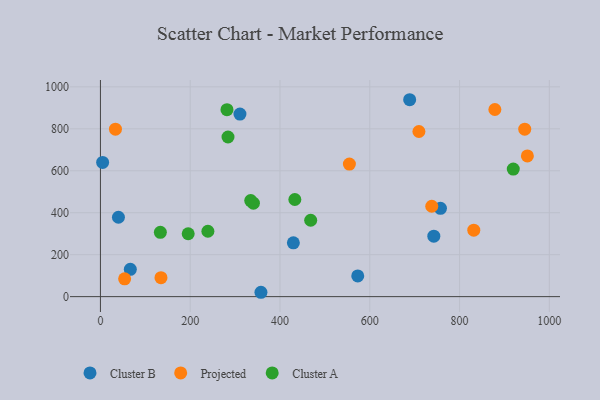
{"axis": {"x": "Distance", "y": "Rating"}, "legend": ["Cluster A", "Cluster B", "Projected"], "data": [{"x": "66.6", "y": 130.2, "type": "Cluster B"}, {"x": "573.2", "y": 98.9, "type": "Cluster B"}, {"x": "357.6", "y": 20.8, "type": "Cluster B"}, {"x": "310.8", "y": 870.1, "type": "Cluster B"}, {"x": "40.1", "y": 378.5, "type": "Cluster B"}, {"x": "757.5", "y": 420.8, "type": "Cluster B"}, {"x": "688.9", "y": 938.7, "type": "Cluster B"}, {"x": "742.7", "y": 288.2, "type": "Cluster B"}, {"x": "4.9", "y": 639.6, "type": "Cluster B"}, {"x": "429.8", "y": 256.4, "type": "Cluster B"}, {"x": "831.7", "y": 316.9, "type": "Projected"}, {"x": "738.1", "y": 430.8, "type": "Projected"}, {"x": "945.2", "y": 798.3, "type": "Projected"}, {"x": "53.9", "y": 85.0, "type": "Projected"}, {"x": "951.1", "y": 670.6, "type": "Projected"}, {"x": "33.5", "y": 798.2, "type": "Projected"}, {"x": "709.5", "y": 787.2, "type": "Projected"}, {"x": "554.6", "y": 632.0, "type": "Projected"}, {"x": "878.7", "y": 892.0, "type": "Projected"}, {"x": "134.9", "y": 90.4, "type": "Projected"}, {"x": "919.7", "y": 608.0, "type": "Cluster A"}, {"x": "281.9", "y": 891.5, "type": "Cluster A"}, {"x": "468.4", "y": 364.2, "type": "Cluster A"}, {"x": "433.1", "y": 463.0, "type": "Cluster A"}, {"x": "133.5", "y": 306.6, "type": "Cluster A"}, {"x": "239.4", "y": 311.6, "type": "Cluster A"}, {"x": "195.5", "y": 299.8, "type": "Cluster A"}, {"x": "340.8", "y": 445.6, "type": "Cluster A"}, {"x": "284.2", "y": 761.1, "type": "Cluster A"}, {"x": "334.8", "y": 458.1, "type": "Cluster A"}]}